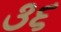
૩૬